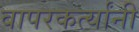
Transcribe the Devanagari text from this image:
वापरकर्त्यांनी